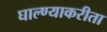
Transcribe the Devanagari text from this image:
घाल्ण्याकरीता